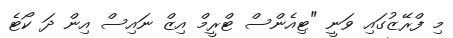
މި ފްރޭޒުގައި ވަނީ "ޓިއެންސް ޓްރީމް އިޒް ނައިސް އިން ދަ ކޯޓެ